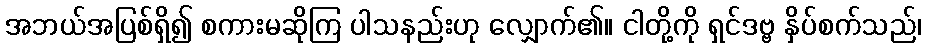
အဘယ်အပြစ်ရှိ၍ စကားမဆိုကြ ပါသနည်းဟု လျှောက်၏။ ငါတို့ကို ရှင်ဒဗ္ဗ နှိပ်စက်သည်၊